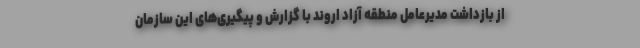
از بازداشت مدیرعامل منطقه آزاد اروند با گزارش و پیگیری‌های این سازمان